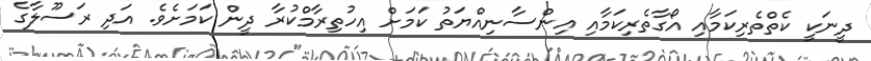
ދީނަކީ ކެތްތެރިކަމާއި އޯގާތެރިކަމާއި އިންސާނިއްޔަތު ކަމަށް އިހުތިރާމްކުރާ ދީން ކަމަށެވެ. އަދި ރަސޫލާގެ